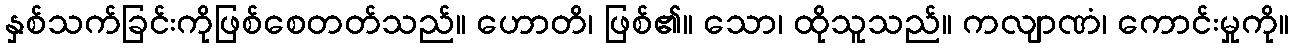
နှစ်သက်ခြင်းကိုဖြစ်စေတတ်သည်။ ဟောတိ၊ ဖြစ်၏။ သော၊ ထိုသူသည်။ ကလျာဏံ၊ ကောင်းမှုကို။